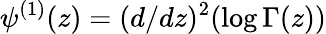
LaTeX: \psi^{(1)}(z)=(d/dz)^{2}(\log\Gamma(z))